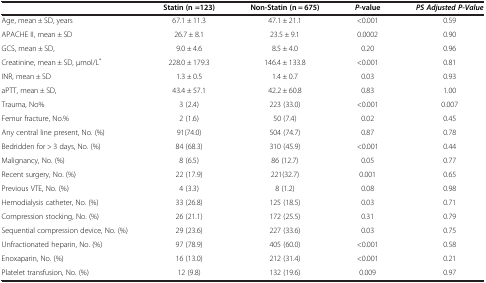
|  | Statin (n =123) | Non-Statin (n = 675) | P-value | PS Adjusted P-Value |
 | --- | --- | --- | --- | --- |
 | Age, mean ± SD, years | 67.1 ± 11.3 | 47.1 ± 21.1 | <0.001 | 0.59 |
 | APACHE II, mean ± SD | 26.7 ± 8.1 | 23.5 ± 9.1 | 0.0002 | 0.90 |
 | GCS, mean ± SD, | 9.0 ± 4.6 | 8.5 ± 4.0 | 0.20 | 0.96 |
 | Creatinine, mean ± SD, μmol/L* | 228.0 ± 179.3 | 146.4 ± 133.8 | <0.001 | 0.81 |
 | INR, mean ± SD | 1.3 ± 0.5 | 1.4 ± 0.7 | 0.03 | 0.93 |
 | aPTT, mean ± SD, | 43.4 ± 57.1 | 42.2 ± 60.8 | 0.83 | 1.00 |
 | Trauma, No% | 3 (2.4) | 223 (33.0) | <0.001 | 0.007 |
 | Femur fracture, No.% | 2 (1.6) | 50 (7.4) | 0.02 | 0.45 |
 | Any central line present, No. (%) | 91(74.0) | 504 (74.7) | 0.87 | 0.78 |
 | Bedridden for > 3 days, No. (%) | 84 (68.3) | 310 (45.9) | <0.001 | 0.44 |
 | Malignancy, No. (%) | 8 (6.5) | 86 (12.7) | 0.05 | 0.77 |
 | Recent surgery, No. (%) | 22 (17.9) | 221(32.7) | 0.001 | 0.65 |
 | Previous VTE, No. (%) | 4 (3.3) | 8 (1.2) | 0.08 | 0.98 |
 | Hemodialysis catheter, No. (%) | 33 (26.8) | 125 (18.5) | 0.03 | 0.71 |
 | Compression stocking, No. (%) | 26 (21.1) | 172 (25.5) | 0.31 | 0.79 |
 | Sequential compression device, No. (%) | 29 (23.6) | 227 (33.6) | 0.03 | 0.75 |
 | Unfractionated heparin, No. (%) | 97 (78.9) | 405 (60.0) | <0.001 | 0.58 |
 | Enoxaparin, No. (%) | 16 (13.0) | 212 (31.4) | <0.001 | 0.21 |
 | Platelet transfusion, No. (%) | 12 (9.8) | 132 (19.6) | 0.009 | 0.97 |